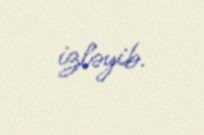
izləyib.